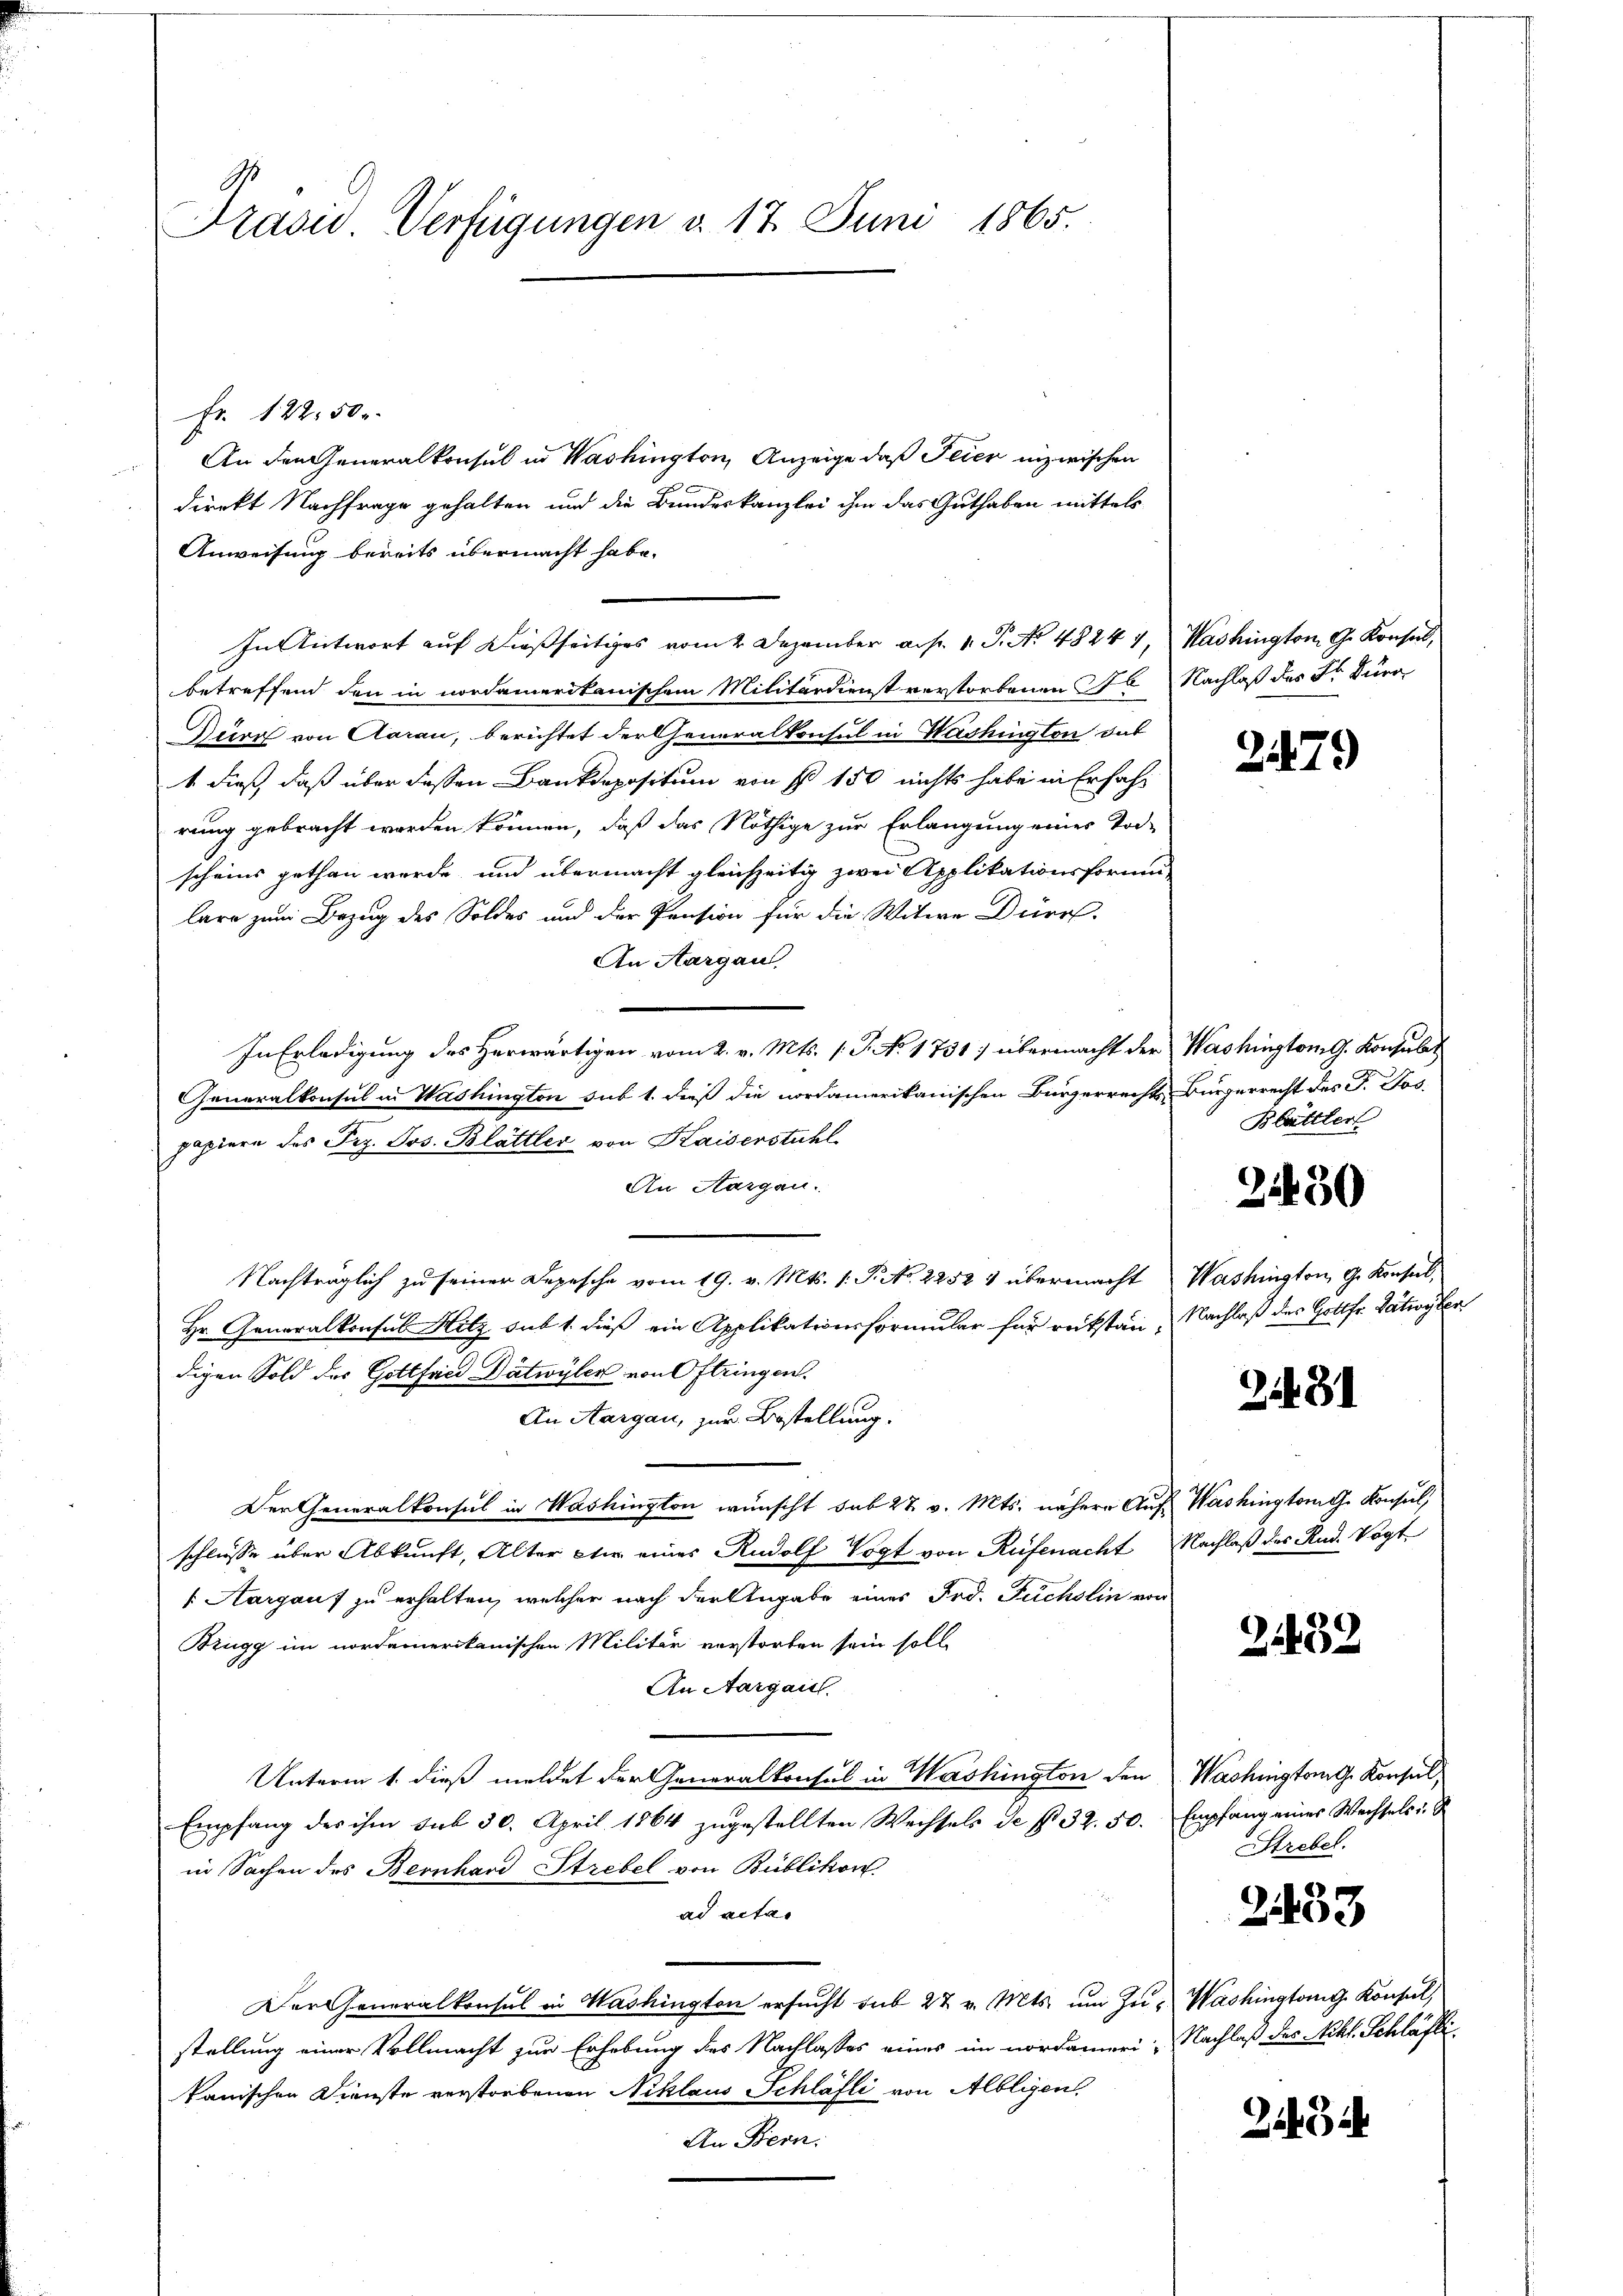
Präsid. Verfügungen d. 17. Juni 1865.

Fr. 122. 50.
An den Generalkonsul in Washington, Anzeige, daß Feier inzwischen
direkt Nachfrage gehalten und die Bundeskanzlei ihm das Guthaben mittels
Anweisung bereits übermacht habe.
In Antwort auf dießseitiges vom 2. Dezember a.h. 1. P. Nr. 48244, Washington G. Konsul,
betreffend den in nordamerikanischem Militärdienst verstorbenen No Nachlaß des Sr Durc
Dürr von Aarau, berichtet der Generalkonsul in Washington das
1 dieß, daß über dessen Bankdepositum von § 150 nichts habe in Erfahrung gebracht worden können, daß das Nöthige zur Erlangung einer Tod-
scheins gethan werde, und übermacht gleichzeitig zwei Applikationsformun-
lare zum Bezug des Soldes und der Pension für die Witwe Dürr
An Aargau,
In Erledigung des Herwärtigen vom 2. v. Mts. (T. No. 1731) übermacht der Washington G. Konsulat
Generalkonsul in Washington sub 1. dieß die nordamerikanischen Bürgerrechts Bürgerrecht des P. Jos.
papiere das Dez. Jos. Blättler von Kaiserstühl
An Aargau.
Nachträglich zu seiner Depesche vom 19. v. Mts. 1. P. No. 2252 4 übermacht Washington G. Konsul
Hr. Generalkonsul Hitz sub 1. dieß ein Applikationsformular für rückstän- Nachlaß des Gottfr. dativylen
digen Sold der Gottfrid Dätwyler von Oftringen.
An Aargau, zur Bestellung.
Der Generalkonsul in Washington wünscht sub 27. v. Mts. nähere Auf Washington G. Konsul,
schliesse über Abkunft, Alter wir eines Rudolf Vogt von Rufenacht Nachlaß des Rud. Vogt
 Aargauf zu erhalten, welcher nach der Angabe eines Frd. Fuchslin von
Brugg im nordamerikanischen Militär verstorben sein soll
An Aargau.
Unterm 1. dieß meldet der Generalkonsul in Washington den
Empfang des ihm sub 30. April 1864 zugestellten Wechsels de § 32. 50. Empfang eines Wechsels
in Sachen des Bernhard Strebel von Bublikon
ad acta
Der Generalkonsul in Washington ersucht sub 27 v. Mts. um Zu- Washingtong Konsul,
stellung einer Vollmacht zur Erhebung des Nachlasses eines im nordameri, Nachlaß des Mehl. Schläfti
kanischen Dienste verstorbenen Niklaus Schläfli von Albligen,
An Bern.

2479

Blättler

2450

2181

21452

Washington Konsul
Strebel.

2433

245